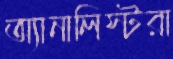
অ্যানালিস্টরা